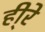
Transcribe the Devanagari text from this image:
ही्रे